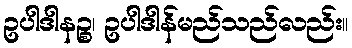
ဥပါဒါနဉ္စ၊ ဥပါဒါန်မည်သည်လည်း။